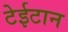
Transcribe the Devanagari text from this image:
टेईटान